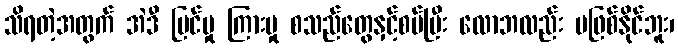
သိရတဲ့အတွက် အဲဒီ မြင်မှု ကြားမှု စသည်တွေနှင့်စပ်ပြီး လောဘလည်း မဖြစ်နိုင်ဘူး၊